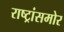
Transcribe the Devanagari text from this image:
राष्ट्रांसमोर